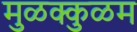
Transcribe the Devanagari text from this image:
मुळक्कुळम